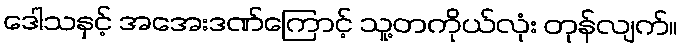
ဒေါသနှင့် အအေးဒဏ်ကြောင့် သူ့တကိုယ်လုံး တုန်လျက်။